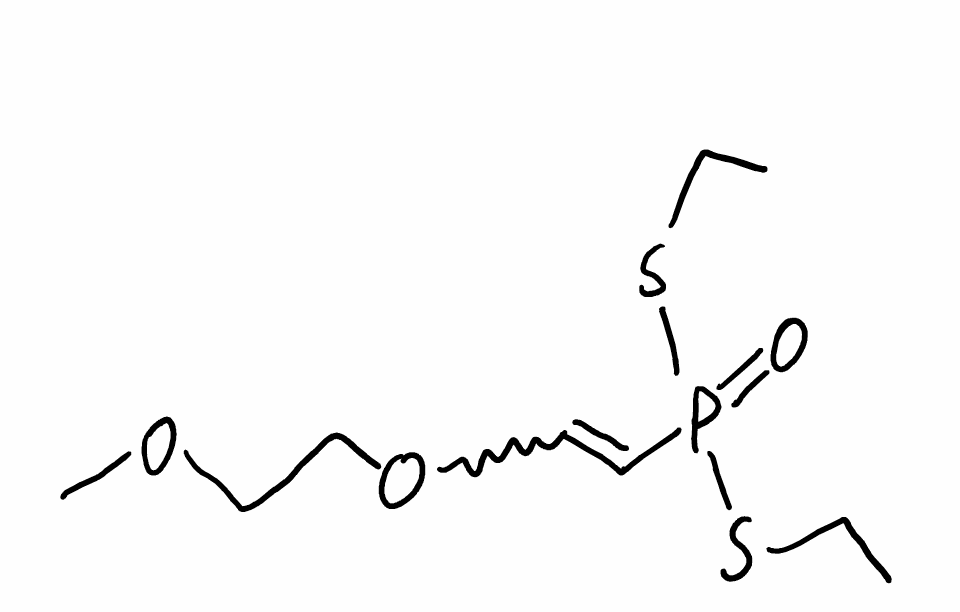
Simplified molecular-input line-entry system (SMILES) notation of the given molecule:
CCSP(=O)(C=COCCOC)SCC